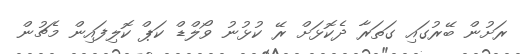
ރަށުން ބޭރުގައި ގަތަރާ ދެކޮޅަށް ރޭ ކުޅުނު ވޯލްޑް ކަޕް ކޮލިފައިން މެޗުން